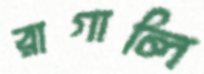
রাগালি